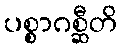
ပစ္စာဂစ္ဆီတိ